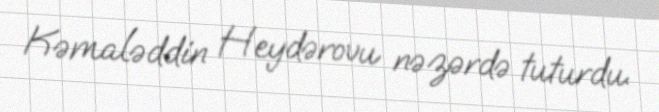
Kəmaləddin Heydərovu nəzərdə tuturdu.